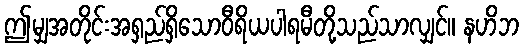
ဤမျှအတိုင်းအရှည်ရှိသောဝီရိယပါရမီတို့သည်သာလျှင်။ နဟိဘ